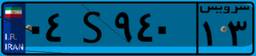
۰۴S۹۴۰۱۳